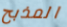
المذبح